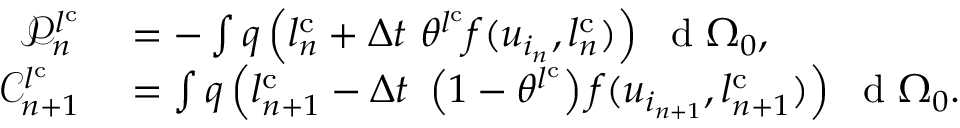
\begin{array} { r l } { \mathscr { P } _ { n } ^ { l ^ { \mathrm { { c } } } } } & { { } = - \int q \left( l _ { n } ^ { \mathrm { { c } } } + \Delta t \ \theta ^ { l ^ { \mathrm { { c } } } } f ( u _ { i _ { n } } , l _ { n } ^ { \mathrm { { c } } } ) \right) \ \mathrm { ~ d ~ } { \Omega _ { 0 } } , } \\ { \mathscr { C } _ { n + 1 } ^ { l ^ { \mathrm { { c } } } } } & { { } = \int q \left( l _ { n + 1 } ^ { \mathrm { { c } } } - \Delta t \ \left( 1 - \theta ^ { l ^ { \mathrm { { c } } } } \right) f ( u _ { i _ { n + 1 } } , l _ { n + 1 } ^ { \mathrm { { c } } } ) \right) \ \mathrm { ~ d ~ } { \Omega _ { 0 } } . } \end{array}